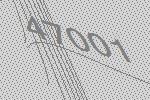
47001